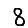
Digit: 8